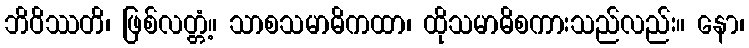
ဘိဝိဿတိ၊ ဖြစ်လတ္တံ့။ သာစသမာဓိကထာ၊ ထိုသမာဓိစကားသည်လည်း။ နော၊